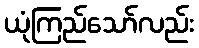
ယုံကြည်သော်လည်း